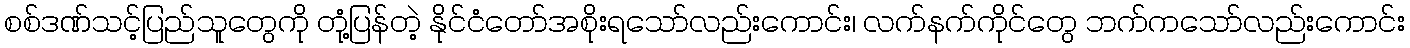
စစ်ဒဏ်သင့်ပြည်သူတွေကို တုံ့ပြန်တဲ့ နိုင်ငံတော်အစိုးရသော်လည်းကောင်း၊ လက်နက်ကိုင်တွေ ဘက်ကသော်လည်းကောင်း